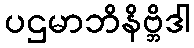
ပဌမာဘိနိဗ္ဘိဒါ